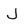
Character: J